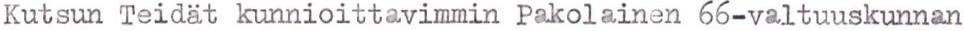
Kutsun Teidät kunnioittavimmin Pakolainen 66-valtuuskunnan